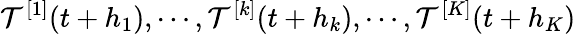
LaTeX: \mathcal{T}^{[1]}(t+h_{1}),\cdots,\mathcal{T}^{[k]}(t+h_{k}),\cdots,\mathcal{T}^{[K]}(t+h_{K})